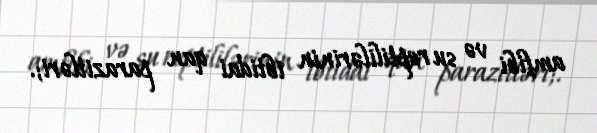
amfibi və su reptililərinin ibtidai qan parazitləri;.